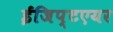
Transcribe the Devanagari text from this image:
ईजिप्टएयर